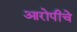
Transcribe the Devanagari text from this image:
आरोपीचे